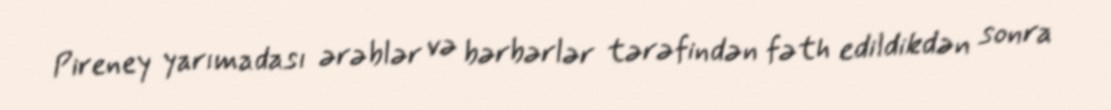
Pireney yarımadası ərəblər və bərbərlər tərəfindən fəth edildikdən sonra